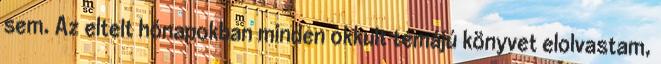
sem. Az eltelt hónapok­ban minden okkult témájú könyvet elolvastam,